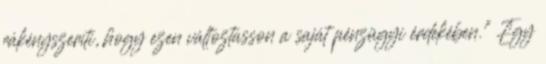
rákényszeríti, hogy ezen változtasson a saját pénzügyi érdekében." Egy